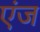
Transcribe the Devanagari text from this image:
एंज